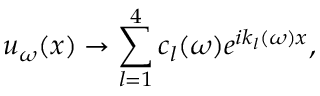
u _ { \omega } ( x ) \rightarrow \sum _ { l = 1 } ^ { 4 } c _ { l } ( \omega ) e ^ { i k _ { l } ( \omega ) x } ,